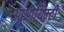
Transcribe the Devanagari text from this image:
आओयिम्टी